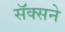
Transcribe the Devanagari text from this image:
सॅक्सने